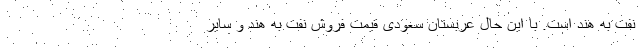
نفت به هند است. با این حال عربستان سعودی قیمت فروش نفت به هند و سایر